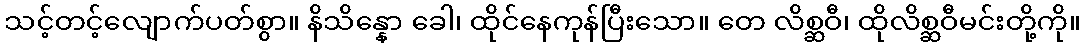
သင့်တင့်လျောက်ပတ်စွာ။ နိသိန္နော ခေါ၊ ထိုင်နေကုန်ပြီးသော။ တေ လိစ္ဆဝီ၊ ထိုလိစ္ဆဝီမင်းတို့ကို။